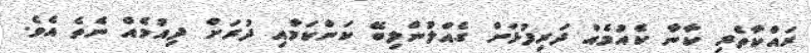
ރައްކާތެރި ކާނާ ކެއުމެއް ދަރިފުޅަށް ގެއްލުންލިބޭ ކަންކަމާއި ދުރަށް ދިއުމެއް ނެތެ އެވެ.